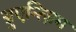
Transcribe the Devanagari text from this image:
ग़्रुएन्त्ज़िग